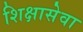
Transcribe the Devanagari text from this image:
शिक्षासेवा